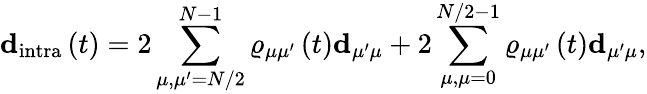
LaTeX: \mathbf{d}_{\mathrm{intra}}\left(t\right)=2\sum_{\mu,\mu^{\prime}=N/2}^{N-1}\varrho_{\mu\mu^{\prime}}\left(t\right)\mathbf{d}_{\mu^{\prime}\mu}+2\sum_{\mu,\mu=0}^{N/2-1}\varrho_{\mu\mu^{\prime}}\left(t\right)\mathbf{d}_{\mu^{\prime}\mu},